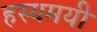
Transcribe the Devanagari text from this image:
हस्यमयी